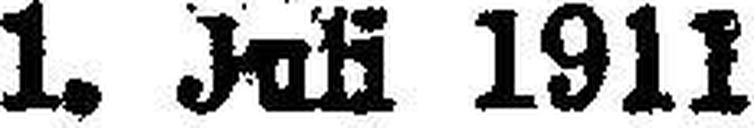
1. Juli 1911